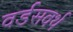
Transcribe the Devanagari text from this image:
वर्डसवर्थ